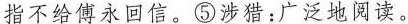
指不给傅永回信。⑤涉猎：广泛地阅读。)